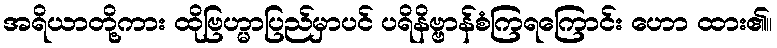
အရိယာတို့ကား ထိုဗြဟ္မာပြည်မှာပင် ပရိနိဗ္ဗာန်စံကြရကြောင်း ဟော ထား၏။